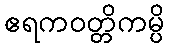
ဧရကဝတ္တိကမ္ပိ